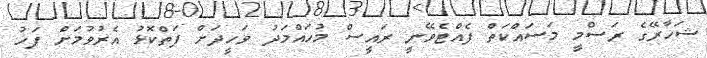
ޝަހާރޭގެ ރަސްމީ މަސައްކަތް ފެއްޓެވޭނީ ރައީސް މުހައްމަދު ވަހީދަށް ފަތްކޮޅު އެރުވުމަށް ފަހު